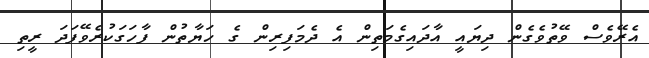
އެރޭވެސް ވޭތުވެގެން ދިޔައީ އާދައިގެމަތިން އެ ދެމަފިރިން ގެ ހަޔާތުން ފާހަގަކުރެވޭފަދަ ރީތި